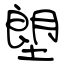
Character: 塱